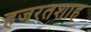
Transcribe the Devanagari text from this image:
हजरतशाह